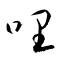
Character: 哩